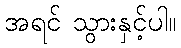
အရင် သွားနှင့်ပါ။